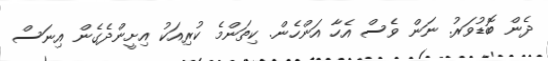
ދެން ބޮޑުވަރު. ނަން ވެސް އެހާ އަންހެން. ކިތަންމެ ކުރިއަކު އިށީންދެގެން އިނަސް